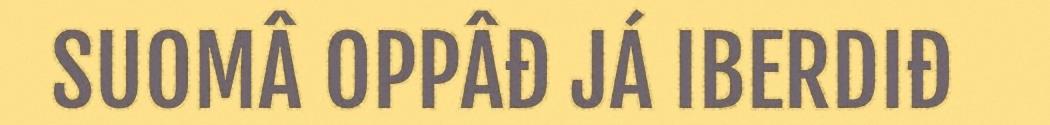
SUOMÂ OPPÂĐ JÁ IBERDIĐ